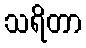
သရိတာ